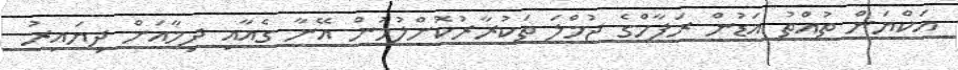
އަކްޔަން ތުއްތު އަޑުން ރަފާހްގެ ޖުމްލަ ތަކުރާރުކޮށްލުމުން އޭނާ ގެއާއި ދިމާއަށް ދިޔައިރު